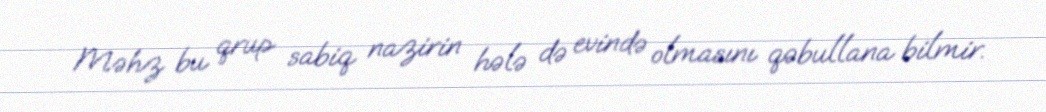
Məhz bu qrup sabiq nazirin hələ də evində olmasını qəbullana bilmir.